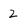
Character: 2